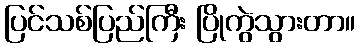
ပြင်သစ်ပြည်ကြီး ပြိုကွဲသွားတာ။